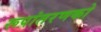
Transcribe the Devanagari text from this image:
रूपांतरणको